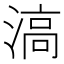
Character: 滈